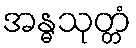
အန္ဓသုတ္တံ